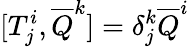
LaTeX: [T_{j}^{i},{\overline{{Q}}}^{k}]=\delta_{j}^{k}{\overline{{Q}}}^{i}